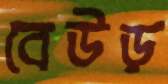
বেউড়